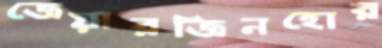
জেয়ারজিনহোর